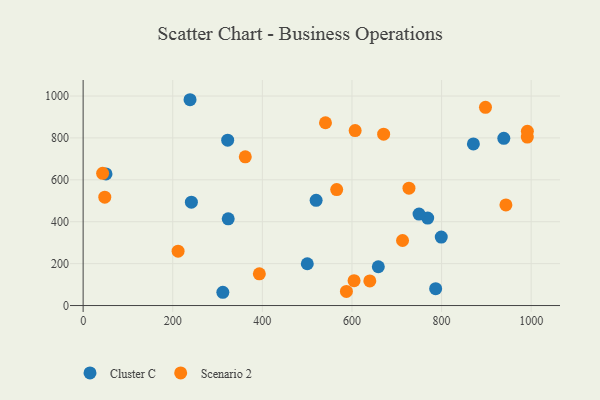
{"axis": {"x": "Investment", "y": "Exam Score"}, "legend": ["Cluster C", "Scenario 2"], "data": [{"x": "322.6", "y": 789.3, "type": "Cluster C"}, {"x": "500.3", "y": 199.5, "type": "Cluster C"}, {"x": "871.0", "y": 771.3, "type": "Cluster C"}, {"x": "769.0", "y": 417.6, "type": "Cluster C"}, {"x": "749.7", "y": 436.5, "type": "Cluster C"}, {"x": "238.6", "y": 982.3, "type": "Cluster C"}, {"x": "241.6", "y": 493.2, "type": "Cluster C"}, {"x": "799.3", "y": 326.9, "type": "Cluster C"}, {"x": "323.8", "y": 413.7, "type": "Cluster C"}, {"x": "786.8", "y": 80.6, "type": "Cluster C"}, {"x": "658.8", "y": 185.2, "type": "Cluster C"}, {"x": "938.9", "y": 798.2, "type": "Cluster C"}, {"x": "311.8", "y": 63.3, "type": "Cluster C"}, {"x": "520.0", "y": 502.3, "type": "Cluster C"}, {"x": "51.0", "y": 628.3, "type": "Cluster C"}, {"x": "607.1", "y": 835.2, "type": "Scenario 2"}, {"x": "393.3", "y": 151.4, "type": "Scenario 2"}, {"x": "48.3", "y": 517.3, "type": "Scenario 2"}, {"x": "604.7", "y": 118.7, "type": "Scenario 2"}, {"x": "712.9", "y": 310.4, "type": "Scenario 2"}, {"x": "211.9", "y": 259.3, "type": "Scenario 2"}, {"x": "991.3", "y": 804.2, "type": "Scenario 2"}, {"x": "991.5", "y": 831.9, "type": "Scenario 2"}, {"x": "943.6", "y": 480.1, "type": "Scenario 2"}, {"x": "727.2", "y": 560.0, "type": "Scenario 2"}, {"x": "639.8", "y": 117.3, "type": "Scenario 2"}, {"x": "898.0", "y": 946.1, "type": "Scenario 2"}, {"x": "587.6", "y": 67.4, "type": "Scenario 2"}, {"x": "43.5", "y": 630.8, "type": "Scenario 2"}, {"x": "565.9", "y": 553.5, "type": "Scenario 2"}, {"x": "540.9", "y": 872.3, "type": "Scenario 2"}, {"x": "361.9", "y": 709.7, "type": "Scenario 2"}, {"x": "670.7", "y": 817.7, "type": "Scenario 2"}]}